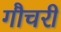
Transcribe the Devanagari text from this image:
गौचरी